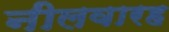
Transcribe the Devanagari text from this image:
नीलवारह